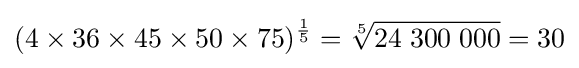
(4\times 36\times 45\times 50\times 75)^{\frac {1}{5}}={\sqrt[{5}]{24\;300\;000}}=30